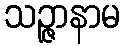
သဉ္ဇာနာမ